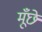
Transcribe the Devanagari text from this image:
मूँछे